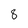
Character: 8